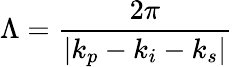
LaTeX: \Lambda=\frac{2\pi}{\lvert k_{p}-k_{i}-k_{s}\rvert}